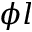
\phi l